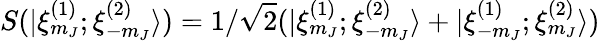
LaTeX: S(|\xi_{m_{J}}^{(1)};\xi_{-m_{J}}^{(2)}\rangle)=1/\sqrt 2(|\xi_{m_{J}}^{(1)};\xi_{-m_{J}}^{(2)}\rangle+|\xi_{-m_{J}}^{(1)};\xi_{m_{J}}^{(2)}\rangle)